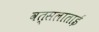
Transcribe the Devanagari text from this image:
वत्सलाताई